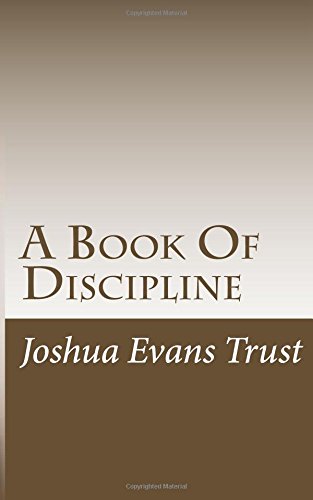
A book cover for A Book Of Discipline: A Guide For Friendly Worship Groups; Joshua Evans Trust; Christian Books & Bibles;